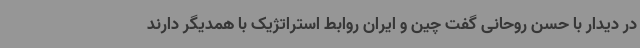
در دیدار با حسن روحانی گفت چین و ایران روابط استراتژیک با همدیگر دارند